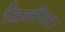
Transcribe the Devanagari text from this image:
द्वितीया।